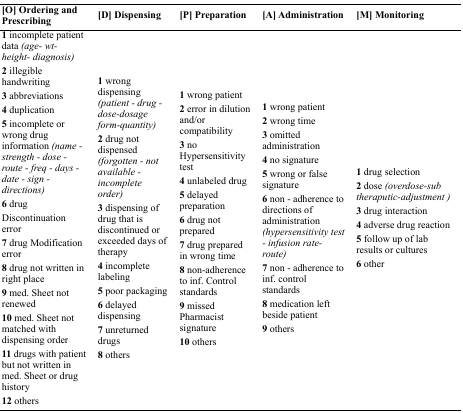
<table><thead><tr><td><b>[O] Ordering and Prescribing</b></td><td><b>[D] Dispensing</b></td><td><b>[P] Preparation</b></td><td><b>[A] Administration</b></td><td><b>[M] Monitoring</b></td></tr></thead><tbody><tr><td><b>1</b>incomplete patient data <i>(age- wt- height- diagnosis)</i><b>2</b>illegible handwriting <b>3</b>abbreviations <b>4</b>duplication <b>5</b>incomplete or wrong drug information <i>(name - strength - dose - route - freq - days - date - sign - directions)</i><b>6</b>drug Discontinuation error <b>7</b>drug Modification error <b>8</b>drug not written in right place <b>9</b>med. Sheet not renewed <b>10</b>med. Sheet not matched with dispensing order <b>11</b>drugs with patient but not written in med. Sheet or drug history <b>12</b>others</td><td><b>1</b>wrong dispensing <i>(patient - drug - dose-dosage form-quantity)</i><b>2</b>drug not dispensed <i>(forgotten - not available - incomplete order)</i><b>3</b>dispensing of drug that is discontinued or exceeded days of therapy <b>4</b>incomplete labeling <b>5</b>poor packaging <b>6</b>delayed dispensing <b>7</b>unreturned drugs <b>8</b>others</td><td><b>1</b>wrong patient <b>2</b>error in dilution and/or compatibility <b>3</b>no Hypersensitivity test <b>4</b>unlabeled drug <b>5</b>delayed preparation <b>6</b>drug not prepared <b>7</b>drug prepared in wrong time <b>8</b>non-adherence to inf. Control standards <b>9</b>missed Pharmacist signature <b>10</b>others</td><td><b>1</b>wrong patient <b>2</b>wrong time <b>3</b>omitted administration <b>4</b>no signature <b>5</b>wrong or false signature <b>6</b>non - adherence to directions of administration <i>(hypersensitivity test - infusion rate- route)</i><b>7</b>non - adherence to inf. control standards <b>8</b>medication left beside patient <b>9</b>others</td><td><b>1</b>drug selection <b>2</b>dose <i>(overdose-sub theraputic-adjustment)</i><b>3</b>drug interaction <b>4</b>adverse drug reaction <b>5</b>follow up of lab results or cultures <b>6</b>other</td></tr></tbody></table>